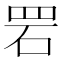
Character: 𫅂